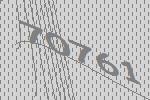
70761